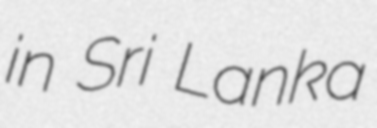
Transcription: in Sri Lanka